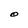
Character: O